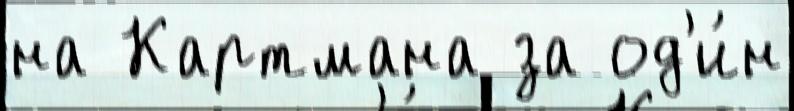
на Картмана за од'и́н